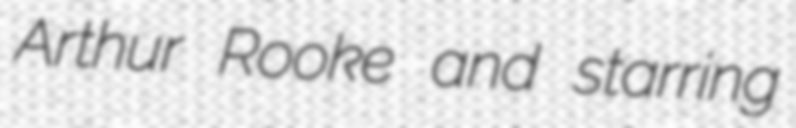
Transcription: Arthur Rooke and starring